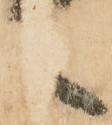
之